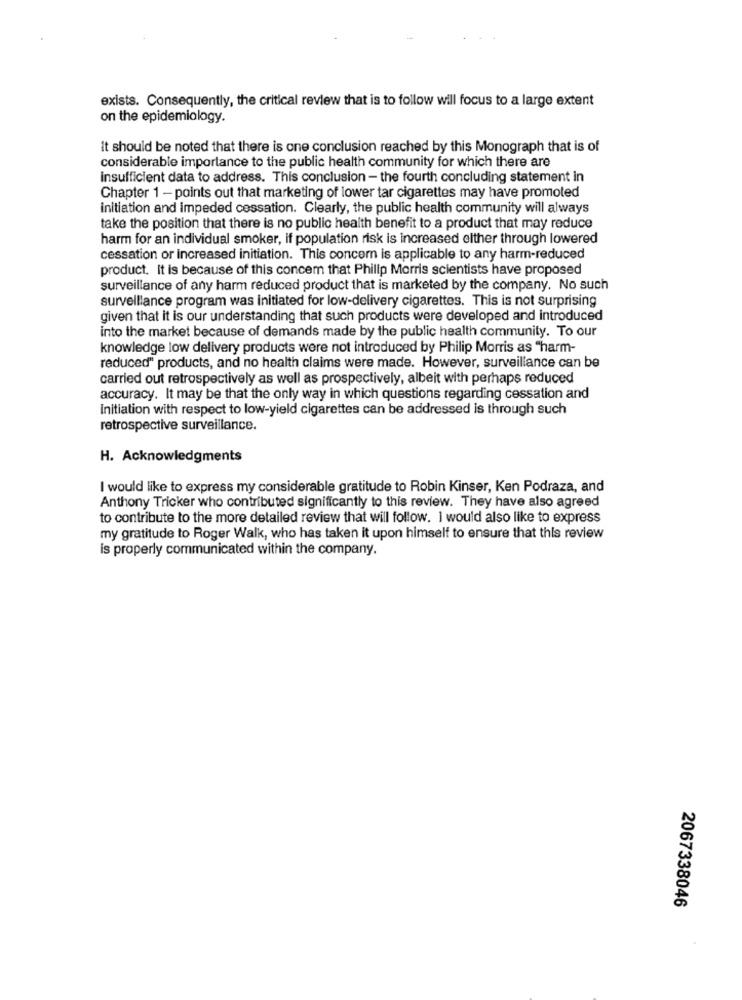
exists. Consequently, the critical review that is to follow will focus to a large extent
on the epidemiology.
It should be noted that there is one conclusion reached by this Monograph that is of
considerable importance to the public health community for which there are
insufficient data to address. This conclusion - the fourth concluding statement in
Chapter 1 - points out that marketing of lower tar cigarettes may have promoted
initiation and impeded cessation. Clearly, the public health community will always
take the position that there is no public health benefit to a product that may reduce
harm for an individual smoker, if population risk is increased elther through lowered
cessation or increased initiation. This concern is applicable to any harm-reduced
product. It is because of this concem that Philip Morris scientists have proposed
surveillance of any harm reduced product that is marketed by the company. No such
surveillance program was initiated for low-delivery cigarettes. This is not surprising
given that it is our understanding that such products were developed and introduced
into the market because of demands made by the public health community. To our
knowledge low delivery products were not introduced by Philip Morris as "harm-
reduced" products, and no health claims were made. However, surveillance can be
carried out retrospectively as well as prospectively, albeit with perhaps reduced
accuracy. It may be that the only way in which questions regarding cessation and
Initiation with respect to low-yield cigarettes can be addressed is through such
retrospective surveillance.
H. Acknowledgments
I would like to express my considerable gratitude to Robin Kinser, Ken Podraza, and
Anthony Tricker who contributed significantly to this review. They have also agreed
to contribute to the more detailed review that will follow. I would also like to express
my gratitude to Roger Walk, who has taken it upon himself to ensure that this review
is properly communicated within the company.
2067338046